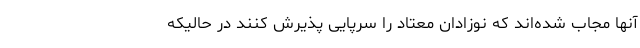
آنها مجاب شده‌اند که نوزادان معتاد را سرپایی پذیرش کنند در حالیکه